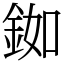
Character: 銣